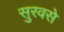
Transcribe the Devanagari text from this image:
सुरवसे